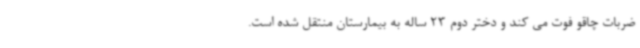
ضربات چاقو فوت می کند و دختر دوم 23 ساله به بیمارستان منتقل شده است.